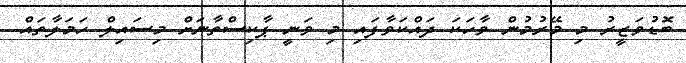
ބޮޑުވަޒީރު މި މޭރުމުން ވާހަކަ ދައްކަވާފައި މި ވަނީ ޕާކިސްތާނަށް މިސައިލް ހަމަލާތައް